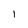
Character: 1